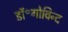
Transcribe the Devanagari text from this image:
डॉ॰गोविन्द